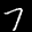
Label: 7